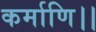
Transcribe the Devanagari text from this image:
कर्माणि।।